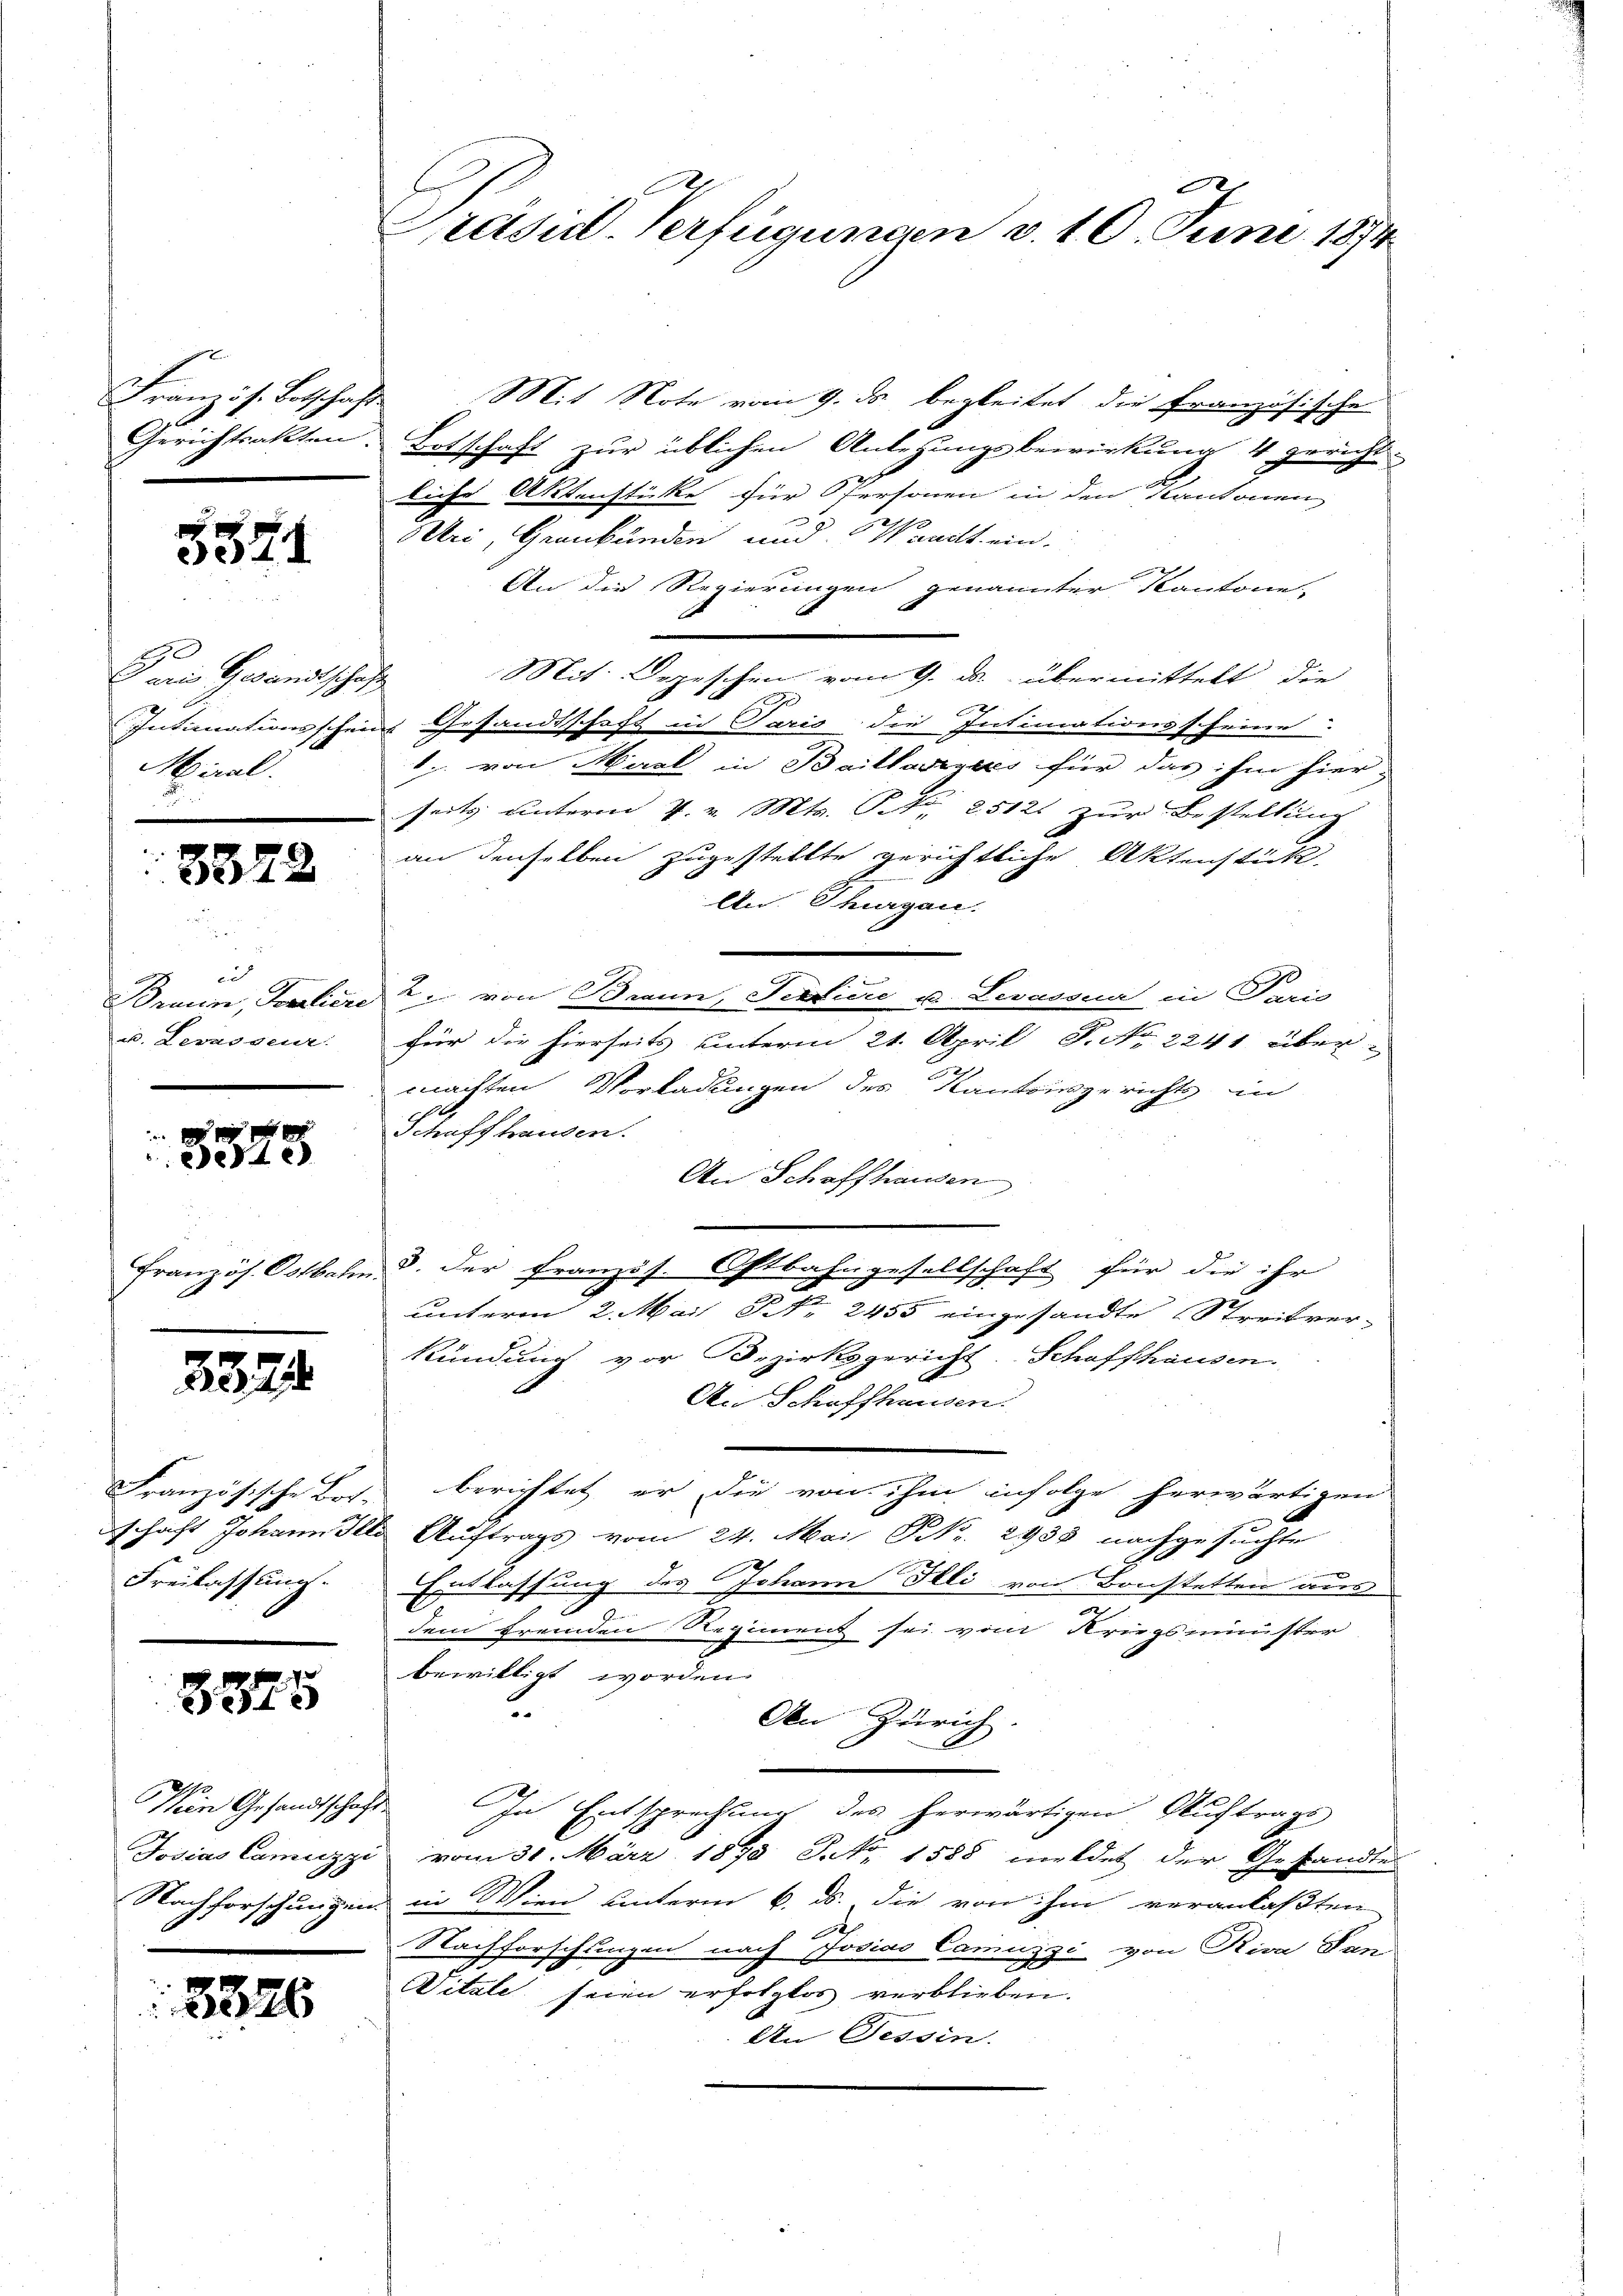
3074.

Darin Gewandtschaft
Miral.

832

2

e
u. Levaiser.

edte

3824

dschaft Johann de
Freilassung.

3875

Wien Gesandtschaf

8826

e
Präsid-Verfügungen v. 10. Juni 1874

Französ. Botschaft Mit Note vom 9. ds. begleitet die Französische
Gerichtsakten. Botschaft zur üblichen Anlegungsbewirkung 4 gericht
liche Aktenstüke für Personen in den Kantonen
0
Uri, Graubünden und Waadt ein.
An die Regierungen genannter Kantone
Mit Depeschen vom 9. ds. übermittelt, die
Intimationsschein Gesandtschaft in Paris die Intimationsscheine
1. von Heral in Baillasiges für das ihm hier-
seits unterm 4. v. Mts. S. 25121 zur Bestellung
an denselben zugestellte gerichtliche Aktenstücke
An. Thurgau.
Braun, alien 2. von Brann, Satius u. Levasona in Paris
für die hierseits unterm 21. April 8. No 2241 über
machten Vorladungen des Kantonsgerichts in
Schaffhausen.
An Schaffhausen
Französ. Ostbahn 8. der Französ. Oftbahngesellschaft für die ihr
unterm 2. Mai NNo. 2455 eingesandte Streitver-
kündung vor Bezirksgericht. Schaffhausen.
An Schaffhausen.
Französische Bos. berichtet, er die von ihm infolge herwärtigen
1e Auftrags vom 24. Mai G. 2933 nachgesuchte
Entlassung des Johann Illi von Bonstetten aus
dem fremden Regiment sei vom Kriegsminister
bewilligt worden.
I
An Zürich.
 In Entsprechung des herwärtigen Auftrags
Josias Camuzzi vom 31. März 1870 Frk. 1588 meldet der Gesandte
Nachforschungen in Wien unterm 6. ds. die von ihm veranlaßten
2
Nachforschungen nach Josias Camuzzi von Riva San
Witale seien erfolglos verblieben.
An Tessin.